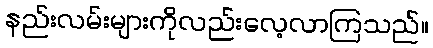
နည်းလမ်းများကိုလည်းလေ့လာကြသည်။